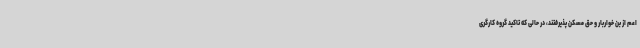
اعم از بن خواربار و حق مسکن پذیرفتند، در حالی که تاکید گروه کارگری